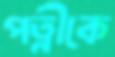
পত্নীকে